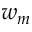
w _ { m }